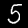
Label: 5